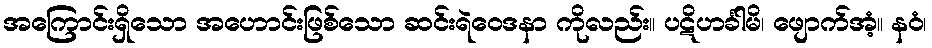
အကြောင်းရှိသော အဟောင်းဖြစ်သော ဆင်းရဲဝေဒနာ ကိုလည်း။ ပဋိဟင်္ခါမိ၊ ဖျောက်အံ့။ နဝံ၊